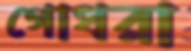
গোধরা